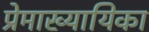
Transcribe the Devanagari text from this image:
प्रेमाख्यायिका